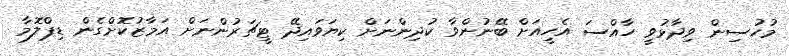
މުހުސިން ވިދާޅުވީ ހާއްސަ އެހީއަށް ބޭނުންވާ ކުދިންނަށް ކިޔަވައިދޭ ޓީޗަރުންނަށް އަމާޒުކޮށްގެން ޑިޕްލޮމާ